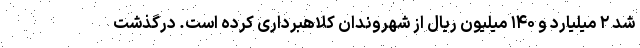
شد ۲ میلیارد و ۱۴۰ میلیون ریال از شهروندان کلاهبرداری کرده است. درگذشت